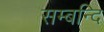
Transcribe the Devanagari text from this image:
सम्बन्दि